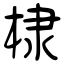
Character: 棣